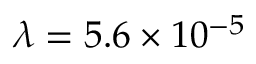
\lambda = 5 . 6 \times 1 0 ^ { - 5 }